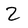
Character: 2